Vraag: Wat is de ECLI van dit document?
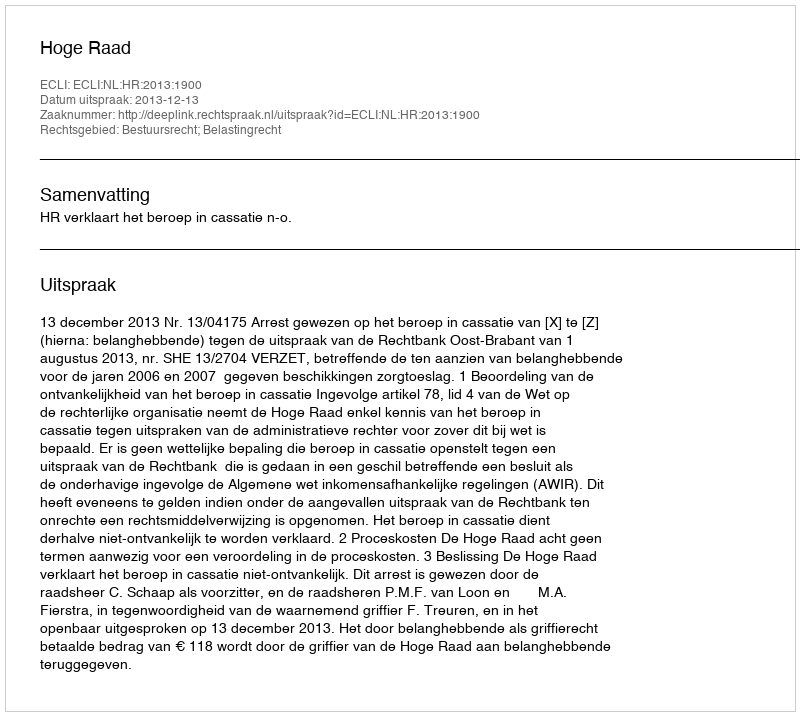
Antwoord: ECLI:NL:HR:2013:1900